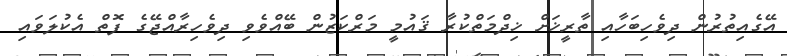
އޭގެއިތުރުން ދިވެހިބަހާއި ތާރީޚަށް ޚިދްމަތްކުރާ ޤައުމީ މަރްކަޒުން ބޭއްވެވި ދިވެހިރާއްޖޭގެ ފޮތް އެކުލަވައި